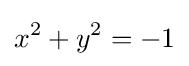
x^{2}+y^{2}=-1